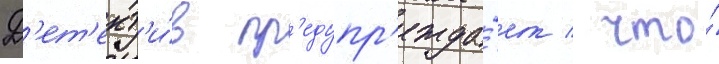
Д'ет'ект'и́в пр'едупр'ежда́ет / что́